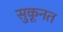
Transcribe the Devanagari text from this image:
सुकूनत